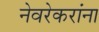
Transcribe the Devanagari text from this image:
नेवरेकरांना